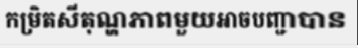
កម្រិតសីតុណ្ហភាពមួយអាចបញ្ជាបាន